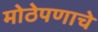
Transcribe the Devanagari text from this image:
मोठेपणाचे